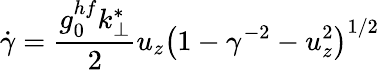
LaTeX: \dot{\gamma}=\frac{g_{0}^{hf}k_{\perp}^{*}}{2}u_{z}\left(1-\gamma^{-2}-u_{z}^{2}\right)^{1/2}